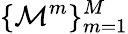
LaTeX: \{ \mathcal{M}^{m}\} _{m=1}^{M}